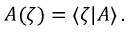
{ \cal A } ( \zeta ) = \langle \zeta | A \rangle \, .